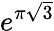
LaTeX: e^{\pi{\sqrt{3}}}